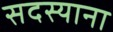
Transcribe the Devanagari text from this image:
सदस्याना